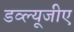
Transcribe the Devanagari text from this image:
डव्ल्यूजीए